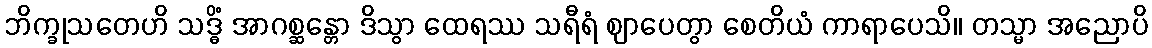
ဘိက္ခုသတေဟိ သဒ္ဓိံ အာဂစ္ဆန္တော ဒိသွာ ထေရဿ သရီရံ ဈာပေတွာ စေတိယံ ကာရာပေသိ။ တသ္မာ အညောပိ